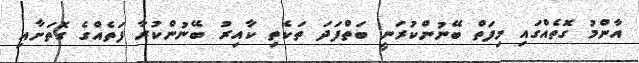
އާންމު ގޮތެއްގައި މިފަތް ބޭނުންކުރަނީ ބަތްފަދަ ތަކެތި ކާއިރު ބޭނުންކުރާ ފަތެއްގެ ގޮތަށާއި